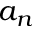
a _ { n }